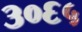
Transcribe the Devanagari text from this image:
३०६५